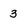
Character: 3